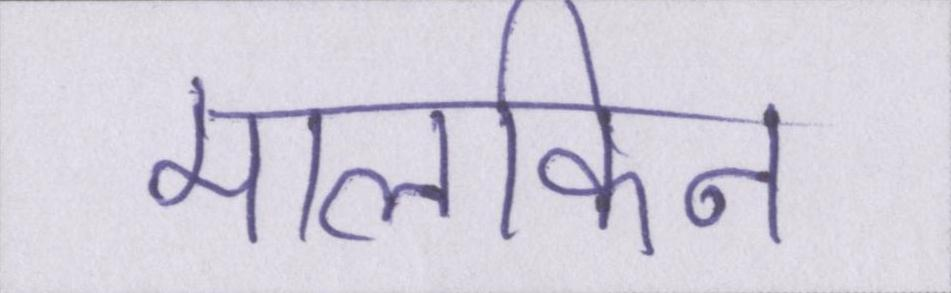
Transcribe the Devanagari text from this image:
मालकिन